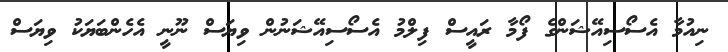
ނިއުމާ އެސޯސިއޭޝަންގެ ފޯމާ ރައީސް ފިލްމު އެސޯސިއޭޝަނުން ވިޔަސް ނޫނީ އެހެންބަޔަކު ވިޔަސް